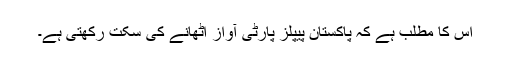
اس کا مطلب ہے کہ پاکستان پیپلز پارٹی آواز اٹھانے کی سکت رکھتی ہے۔